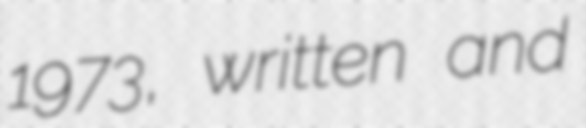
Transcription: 1973, written and